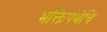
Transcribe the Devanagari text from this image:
भक्तिपंथेचि